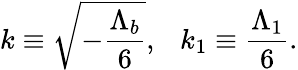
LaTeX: k\equiv\sqrt{-\frac{\Lambda_{b}}{6}},\ \ \ k_{1}\equiv\frac{\Lambda_{1}}{6}.